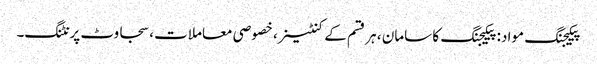
پیکیجنگ مواد: پیکیجنگ کا سامان ، ہر قسم کے کنٹینر ، خصوصی معاملات ، سجاوٹ پرنٹنگ۔